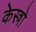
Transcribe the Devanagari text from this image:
केस्त्रो